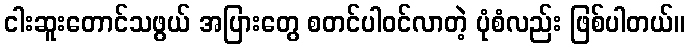
ငါးဆူးတောင်သဖွယ် အပြားတွေ စတင်ပါဝင်လာတဲ့ ပုံစံလည်း ဖြစ်ပါတယ်။